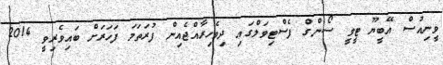
ވީނިއުސް އޭބީޔޫ ޓީވީ ސޯންގް ފެސްޓިވަލްގައި ދިވެހިރާއްޖެއިން ފުރަތަމަ ފަހަރަށް ބައިވެރިވީ 2014